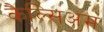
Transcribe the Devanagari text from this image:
कैल्सिअम